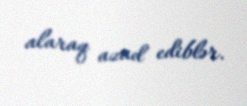
alaraq azad ediblər.